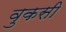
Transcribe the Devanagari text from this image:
वुकसी